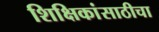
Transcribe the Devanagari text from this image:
शिक्षिकांसाठीचा